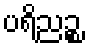
ပရိညဉ္စ